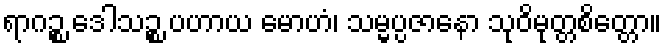
ရာဂဉ္စ ဒေါသဉ္စ ပဟာယ မောဟံ၊ သမ္မပ္ပဇာနော သုဝိမုတ္တစိတ္တော။